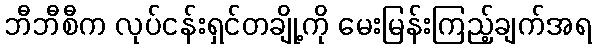
ဘီဘီစီက လုပ်ငန်းရှင်တချို့ကို မေးမြန်းကြည့်ချက်အရ